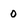
Character: 0